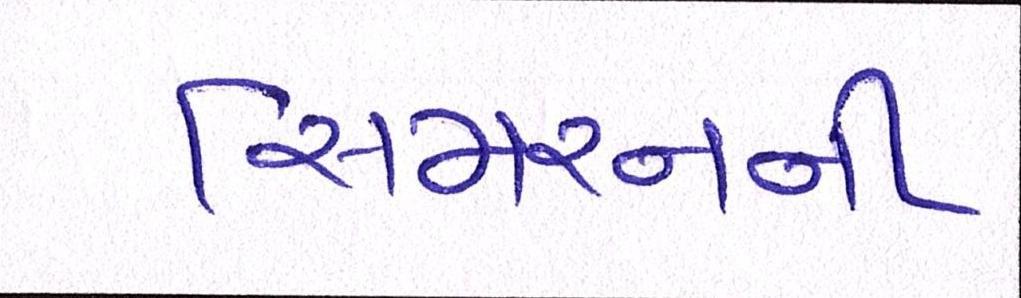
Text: સિમરનની